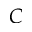
C